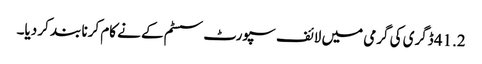
41.2 ڈگری کی گرمی میں لائف سپورٹ سسٹم کے نے کام کرنا بند کر دیا۔